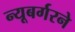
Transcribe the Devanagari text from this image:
न्यूबर्गरने